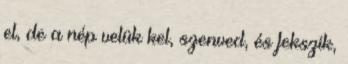
el, de a nép velük kel, szenved, és fekszik,